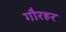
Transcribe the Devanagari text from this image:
गौरहर